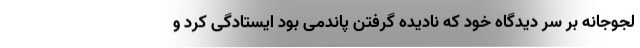
لجوجانه بر سر دیدگاه خود که نادیده گرفتن پاندمی بود ایستادگی کرد و